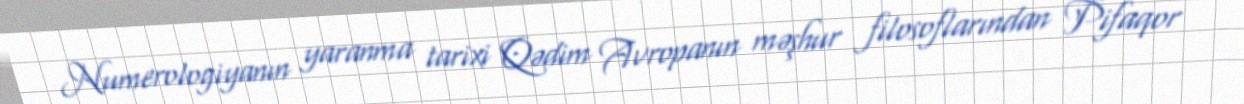
Numerologiyanın yaranma tarixi Qədim Avropanın məşhur filosoflarından Pifaqor